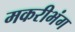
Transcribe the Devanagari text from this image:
मकरीभंग